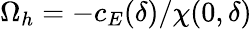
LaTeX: \Omega_{h}=-c_{E}(\delta)/\chi(0,\delta)